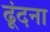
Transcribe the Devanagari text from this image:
ढूंदना